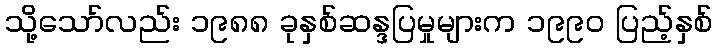
သို့သော်လည်း ၁၉၈၈ ခုနှစ်ဆန္ဒပြမှုများက ၁၉၉၀ ပြည့်နှစ်